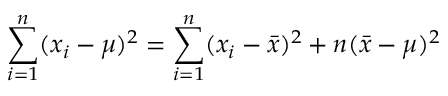
\sum _ { i = 1 } ^ { n } ( x _ { i } - \mu ) ^ { 2 } = \sum _ { i = 1 } ^ { n } ( x _ { i } - { \bar { x } } ) ^ { 2 } + n ( { \bar { x } } - \mu ) ^ { 2 }